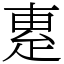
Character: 𤴛